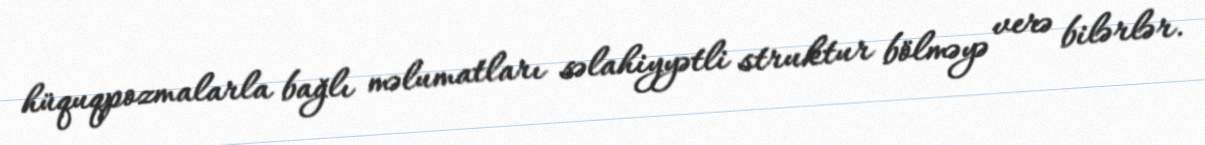
hüquqpozmalarla bağlı məlumatları səlahiyyətli struktur bölməyə verə bilərlər.